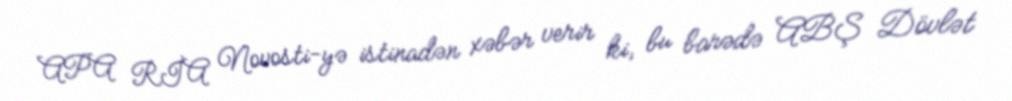
APA RİA Novosti-yə istinadən xəbər verir ki, bu barədə ABŞ Dövlət